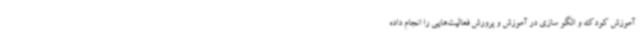
آموزش کودک و الگو سازی در آموزش و پرورش فعالیت‌هایی را انجام داده